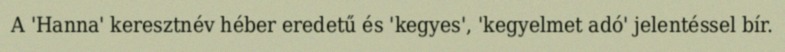
A 'Hanna' keresztnév héber eredetű és 'kegyes', 'kegyelmet adó' jelentéssel bír.